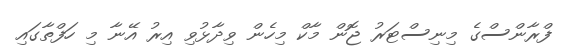
ފްރާންސްގެ މިނިސްޓަރު ޖޮން މާކް މިހެން ވިދާޅުވި އިރު އޭނާ މި ހަފްތާގައި